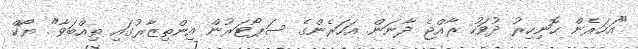
"އަހަރެން ހޮނިހިރު ދުވަހު ރާއްޖެ ދާނަން. އަހަރެންގެ ސަޕޯޓަރުން އިންތިޒާރުގައި ތިއްބަވާ". ޔޯކް